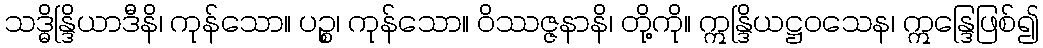
သဒ္ဓိန္ဒြိယာဒီနိ၊ ကုန်သော။ ပဉ္စ၊ ကုန်သော။ ဝိဿဇ္ဇနာနိ၊ တို့ကို။ ဣန္ဒြိယဋ္ဌဝသေန၊ ဣန္ဒြေဖြစ်၍